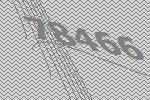
78466